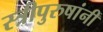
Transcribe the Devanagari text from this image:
स्त्रीपुरुषांनीं